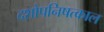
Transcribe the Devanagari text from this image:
दशोपनिषत्काल